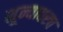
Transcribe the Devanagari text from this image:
शून्यावरच